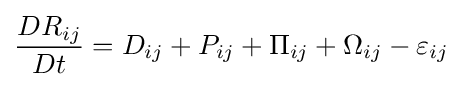
{\frac {DR_{ij}}{Dt}}=D_{ij}+P_{ij}+\Pi _{ij}+\Omega _{ij}-\varepsilon _{ij}